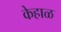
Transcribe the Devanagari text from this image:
केहाळ